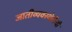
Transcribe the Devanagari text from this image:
जातीव्यवस्थेतीची